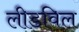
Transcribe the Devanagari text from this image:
लीडविल